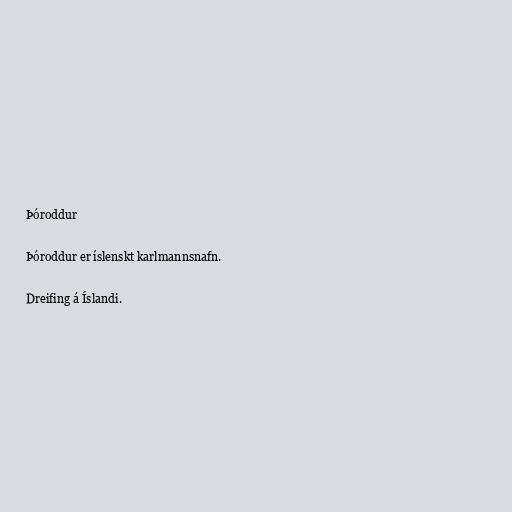
Þóroddur

Þóroddur er íslenskt karlmannsnafn.

Dreifing á Íslandi.